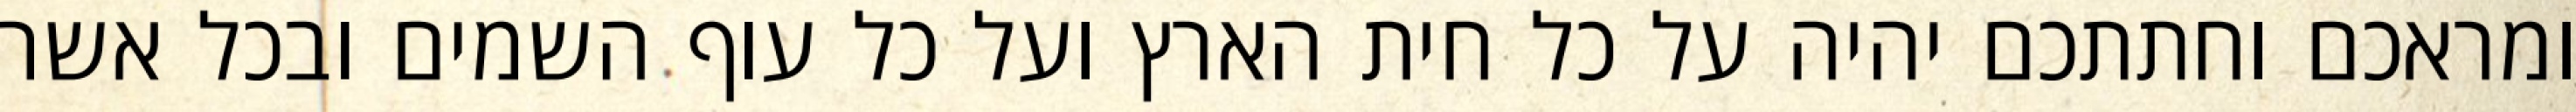
ומראכם וחתתכם יהיה על כל חית הארץ ועל כל עוף השמים ובכל אשר